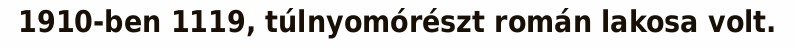
1910-ben 1119, túlnyomórészt román lakosa volt.